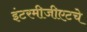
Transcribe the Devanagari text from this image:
इंटरमीजीएटचे